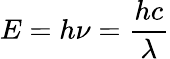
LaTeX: E=h\nu={\frac{hc}{\lambda}}